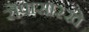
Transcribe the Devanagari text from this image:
रोपासारखे